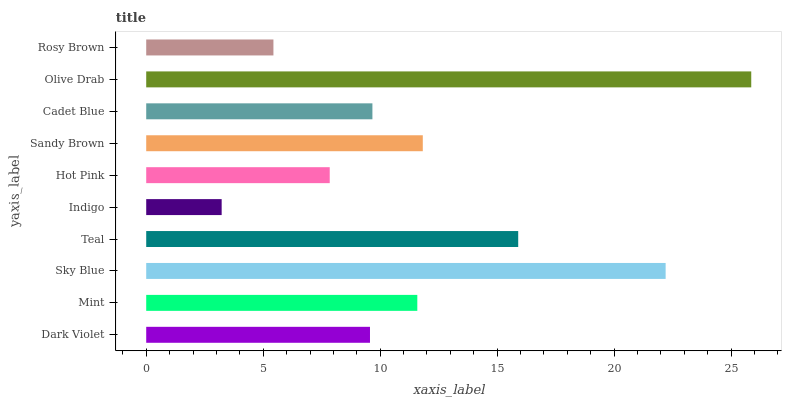
| yaxis_label | bars |
 | --- | --- |
 | Dark Violet | 9.56 |
 | Mint | 11.6 |
 | Sky Blue | 22.2 |
 | Teal | 15.9 |
 | Indigo | 3.22 |
 | Hot Pink | 7.84 |
 | Sandy Brown | 11.8 |
 | Cadet Blue | 9.67 |
 | Olive Drab | 25.9 |
 | Rosy Brown | 5.44 |